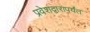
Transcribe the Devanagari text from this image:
प्रवेशद्वारापर्यंत